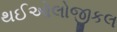
થઈઓલોજીકલ